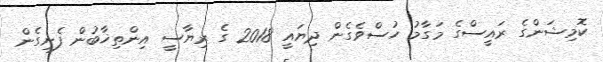
ކޮމިޝަންގެ ރައީސްގެ މަގާމު ހުސްވެގެން ދިޔައީ 2018 ގެ ރިޔާސީ އިންތިޚާބުން ފެށިގެން